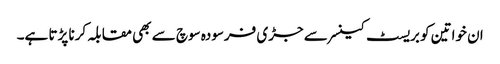
ان خواتین کو بریسٹ کینسر سے جڑی فرسودہ سوچ سے بھی مقابلہ کرنا پڑتا ہے۔